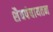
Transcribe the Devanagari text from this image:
शैवपंचायतन